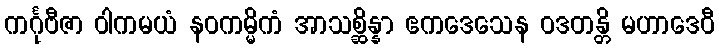
ကင်္ဂုဗီဇာ ဝါကမယံ နဝကမ္မိကံ အာသစ္ဆိန္နာ ဧကဒေသေန ဝဒတန္တိ မဟာဒေဝီ